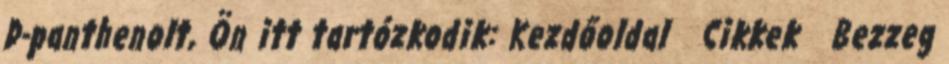
D-panthenolt, Ön itt tartózkodik: Kezdőoldal Cikkek Bezzeg